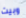
وبيت